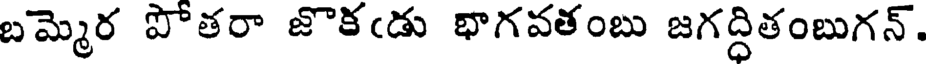
బమ్మెర పోతరా జొకఁడు భాగవతంబు జగద్ధితంబుగన్.